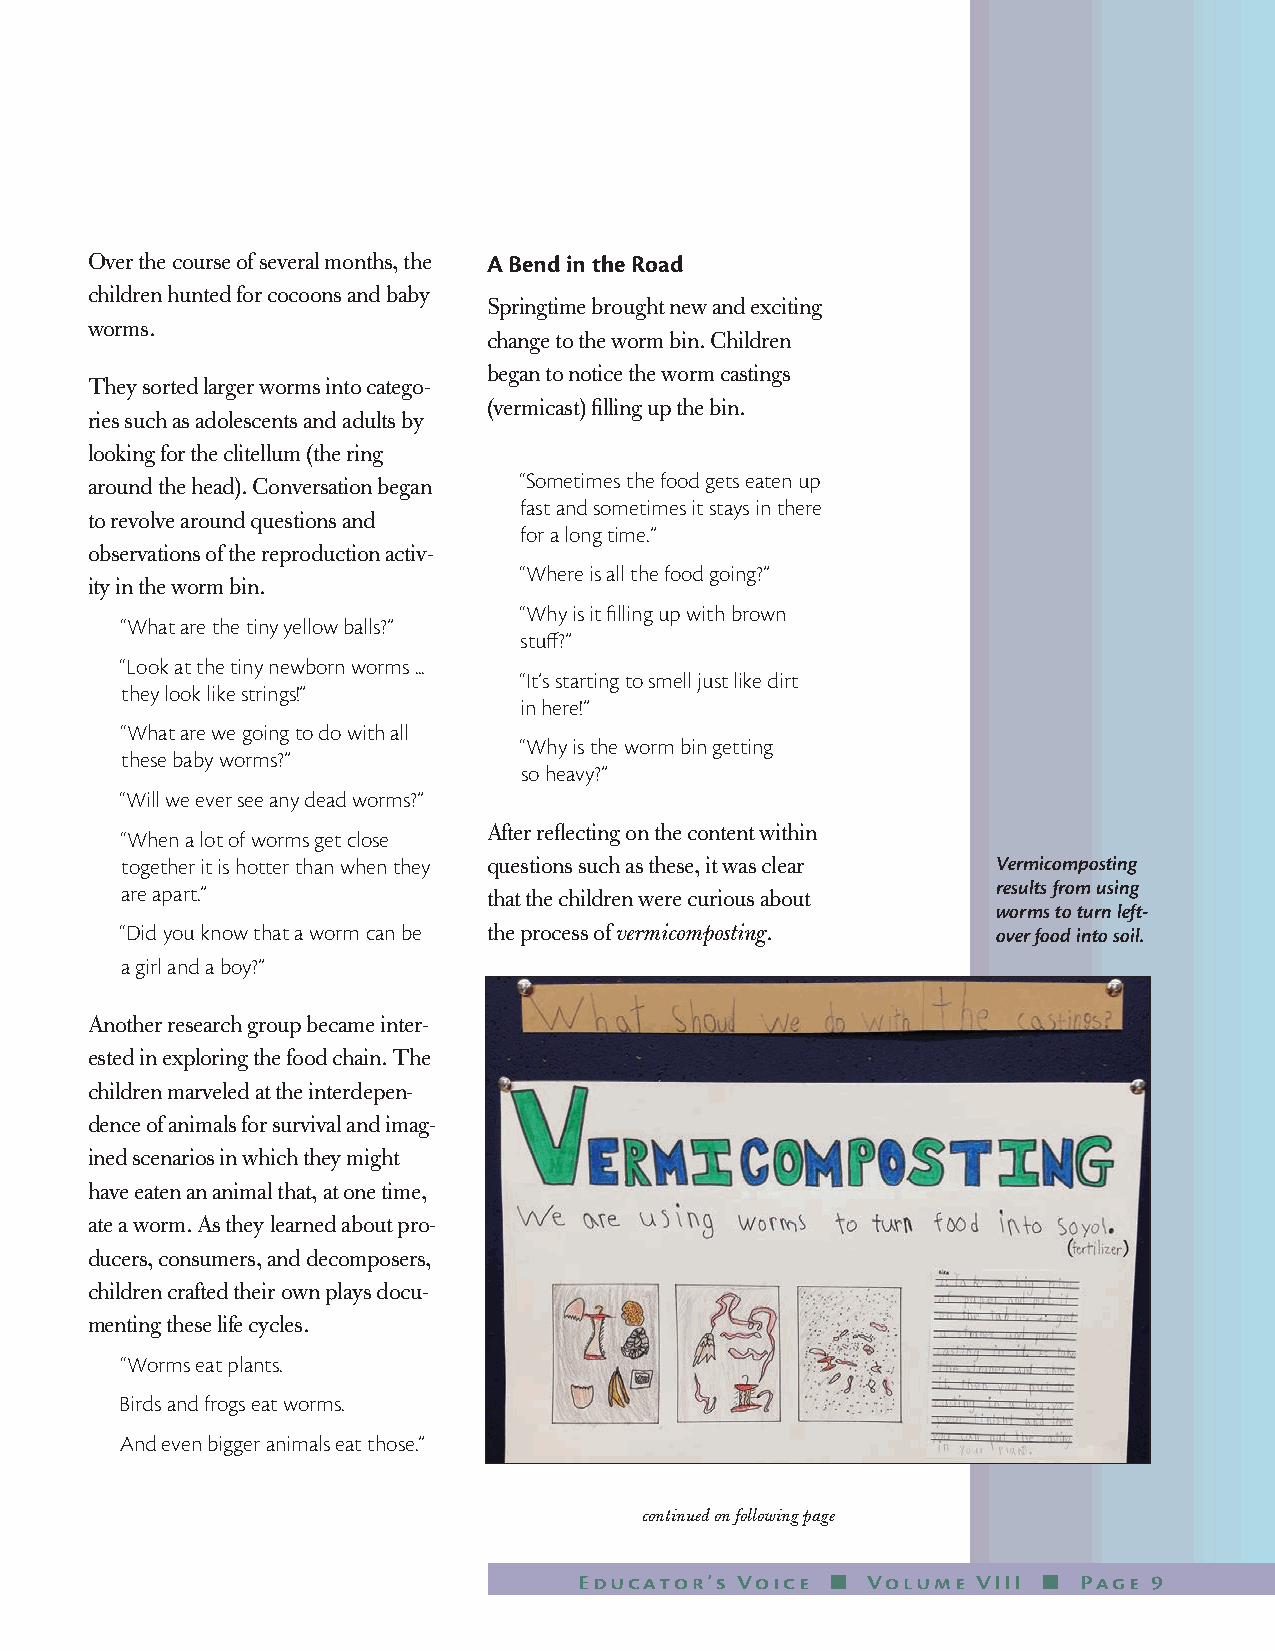
Over the course of several months, the A Bend in the Road
 children hunted for cocoons and baby
 Springtime brought new and exciting
 worms.
 change to the worm bin. Children
 began to notice the worm castings
 They sorted larger worms into catego-
 (vermicast) filling up the bin.
 ries such as adolescents and adults by
 looking for the clitellum (the ring
 around the head). Conversation began “Sometimes the food gets eaten up
 fast and sometimes it stays in there
 to revolve around questions and
 for a long time.”
 observations of the reproduction activ-
 “Where is all the food going?”
 ity in the worm bin.
 “Why is it filling up with brown
 “What are the tiny yellow balls?”
 stuff?”
 “Look at the tiny newborn worms ...
 “It’s starting to smell just like dirt
 they look like strings!”
 in here!”
 “What are we going to do with all
 “Why is the worm bin getting
 these baby worms?”
 so heavy?”
 “Will we ever see any dead worms?”
 After reflecting on the content within
 “When a lot of worms get close
 together it is hotter than when they questions such as these, it was clear Vermicomposting
 are apart.”             that the children were curious about results from using
 worms to turn left-
 “Did you know that a worm can be the process of vermicomposting. over food into soil.
 a girl and a boy?”
 Another research group became inter-
 ested in exploring the food chain. The
 children marveled at the interdepen-
 dence of animals for survival and imag-
 ined scenarios in which they might
 have eaten an animal that, at one time,
 ate a worm. As they learned about pro-
 ducers, consumers, and decomposers,
 children crafted their own plays docu-
 menting these life cycles.
 “Worms eat plants.
 Birds and frogs eat worms.
 And even bigger animals eat those.”
 continued on following page
 Educator’s Voice n Volume  VIII n Page 9